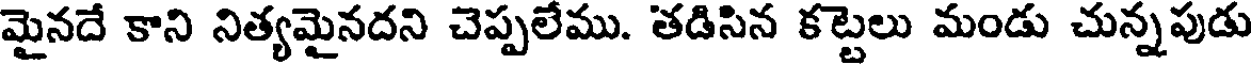
మైనదే కాని నిత్యమైనదని చెప్పలేము. తడిసిన కట్టలు మండు చున్నపుడు